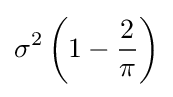
\sigma ^{2}\left(1-{\frac {2}{\pi }}\right)